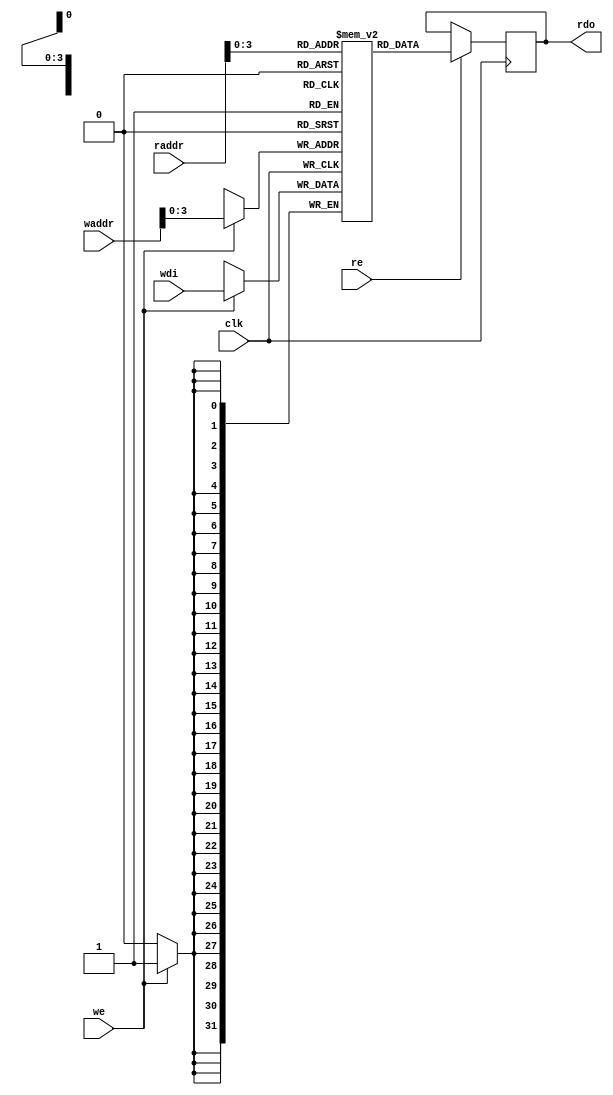
module bram11#(
	parameter ADDR_WIDTH = 12,
	parameter SIZE = 11,
	parameter BIT_WIDTH = 32
)(
	clk, 
	we, 
	re, 
	waddr, 
	raddr, 
	wdi, 
	rdo
);
    input   wire                         clk;
    input   wire                       	 we, re;        // write-enable, read-enable
    input   wire  [ADDR_WIDTH-1:0]       waddr, raddr;  // write-address, read-address
    input   wire  [BIT_WIDTH-1:0]        wdi;           // write data in
    output  reg   [BIT_WIDTH-1:0]        rdo;			// read data out
	
    reg [BIT_WIDTH-1:0] RAM [SIZE-1:0];
    
    always @(posedge clk)begin
        if(re) rdo <= RAM[raddr];
    end
    
    always @(posedge clk)begin
        if(we) RAM[waddr] <= wdi;
    end
    
endmodule